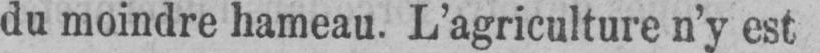
du moindre hameau. L’agriculture n’y est